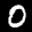
Label: 0